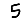
Digit: 5